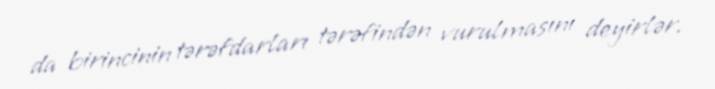
da birincinin tərəfdarları tərəfindən vurulmasını deyirlər.